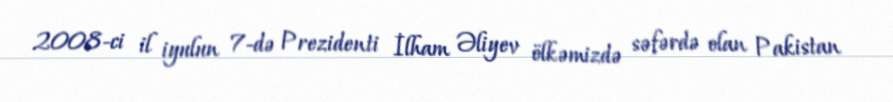
2008-ci il iyulun 7-də Prezidenti İlham Əliyev ölkəmizdə səfərdə olan Pakistan